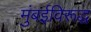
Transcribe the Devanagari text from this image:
मुंबईविरूद्ध